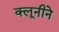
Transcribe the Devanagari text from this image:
क्लूनीने